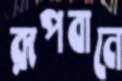
রূপবানে